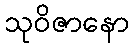
သုဝိဇာနော